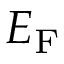
E _ { \mathrm { { F } } }